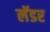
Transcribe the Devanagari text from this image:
लॅडर